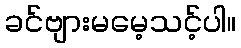
ခင်ဗျားမမေ့သင့်ပါ။